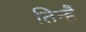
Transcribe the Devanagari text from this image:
तिन्‍हैं